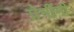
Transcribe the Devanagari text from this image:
प्रेमींनी